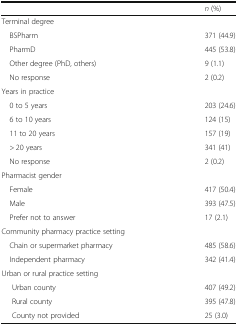
|  | n (%) |
 | --- | --- |
 | <COLSPAN=2> Terminal degree |
 | BSPharm | 371 (44.9) |
 | PharmD | 445 (53.8) |
 | Other degree (PhD, others) | 9 (1.1) |
 | No response | 2 (0.2) |
 | <COLSPAN=2> Years in practice |
 | 0 to 5 years | 203 (24.6) |
 | 6 to 10 years | 124 (15) |
 | 11 to 20 years | 157 (19) |
 | > 20 years | 341 (41) |
 | No response | 2 (0.2) |
 | <COLSPAN=2> Pharmacist gender |
 | Female | 417 (50.4) |
 | Male | 393 (47.5) |
 | Prefer not to answer | 17 (2.1) |
 | <COLSPAN=2> Community pharmacy practice setting |
 | Chain or supermarket pharmacy | 485 (58.6) |
 | Independent pharmacy | 342 (41.4) |
 | <COLSPAN=2> Urban or rural practice setting |
 | Urban county | 407 (49.2) |
 | Rural county | 395 (47.8) |
 | County not provided | 25 (3.0) |